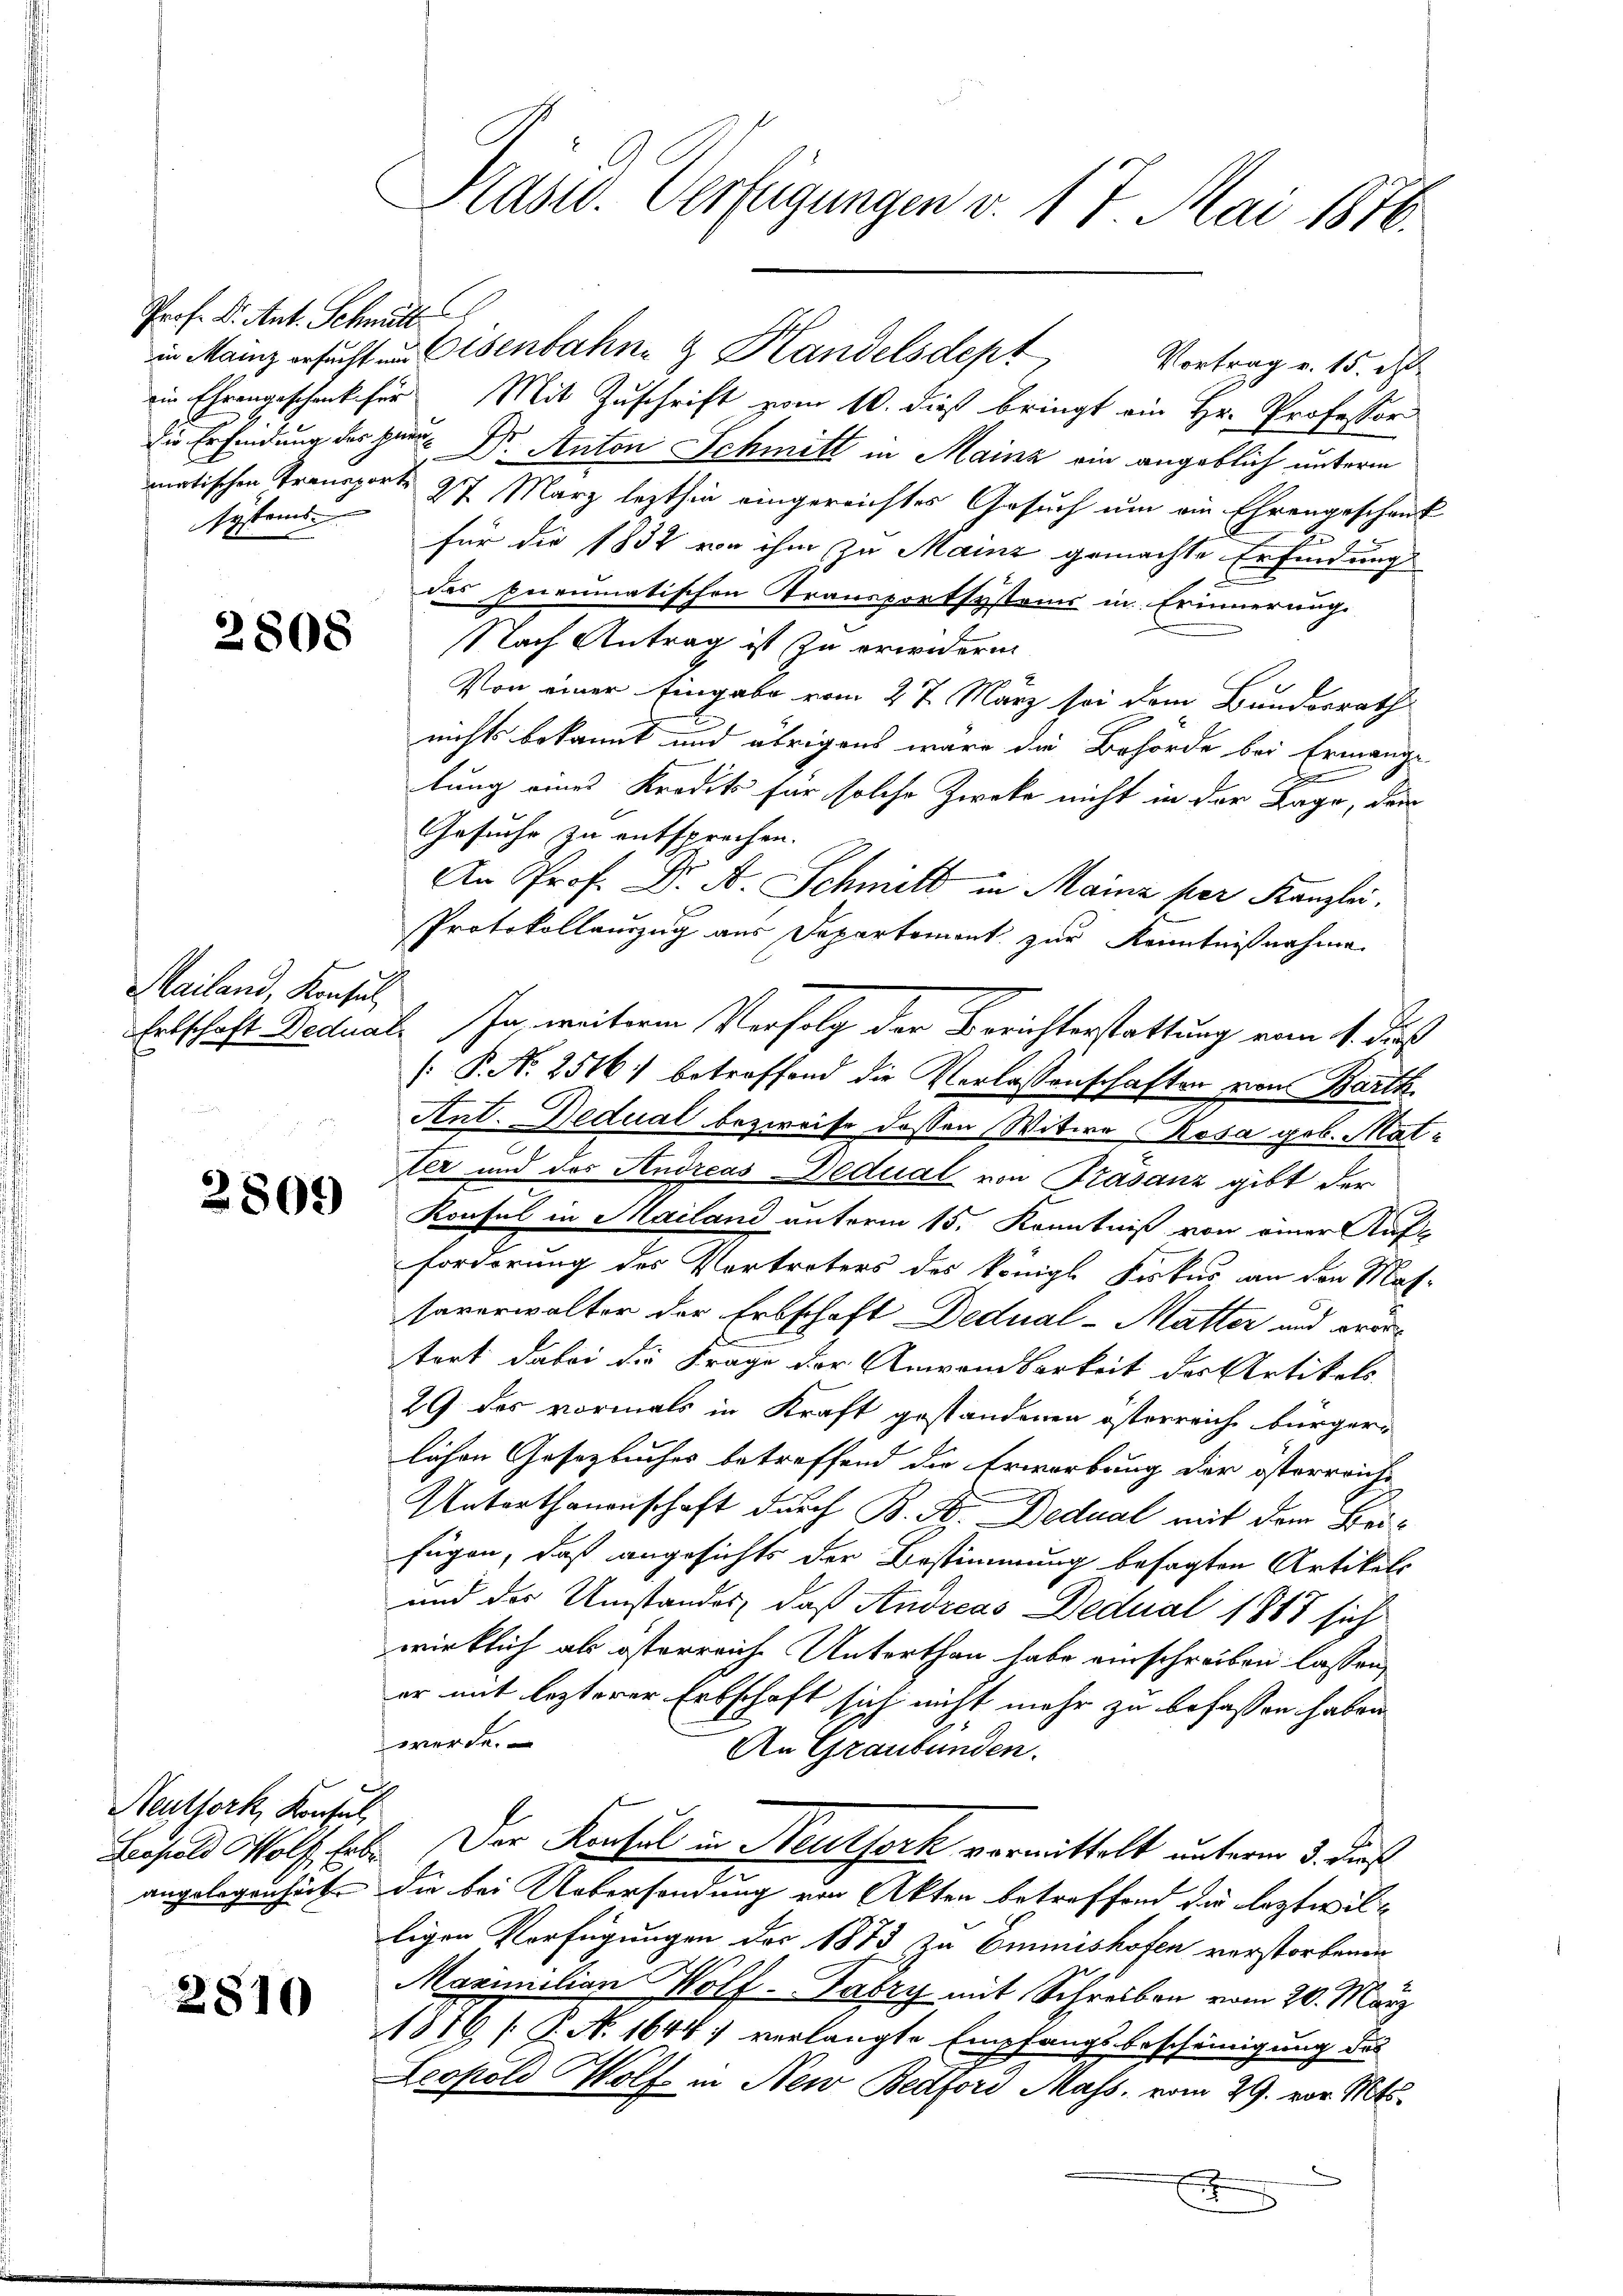
Prof. Dr. Ant. Schmitt
systems

2808

Mailand, Konsul

2809

Neuthork, Konsul
angelegenheit

2810

Präsid. Verfügungen v. 17. Mai 1876.

in Mainz ersucht in Eisenbahne & Handelsdept, Vortrag v. 15. d.
ein Ehrengeschenker Mit Zuschrift vom 10. dieß bringt ein Hr. Professor
die Erfindung des Herr Dr. Anton Schmitt in Mainz ein angeblich unterm
matischen Transporte 27 März lezthin eingereichtes Gesuch um ein Ehrengeschenk
für die 1852 von ihm zu Mainz gemachte Erfindung
des Eneumatischen Transportsystems in Erinnerung.
Nach Antrag ist zu erwidern.
Von einer Eingabe vom 27. März sei dem Bunderrath
nichts bekannt und übrigens wäre die Behörde bei Ermange
lung eines Kredit für solche Zweke nicht in der Tage, der
Gesuche zu entsprechen.
An Prof. Dr. A. Schmitt in Mainz per Kanzlei.
Protokollauszug aus Departement zur Kenntnißnahme
Ertschaft Dectual. In weitere Verfolg der Berichterstattung vom 11. dies
[: P. N. 2516) betroffend die Verlassenschaften von Barth.
Ant. Dedual bezweife dessen Witwe Rosa geb. Matter und des Andreas Dedual von Trasanz gibt der
Konsul in Mailand unterm 15. Kenntniß von einer Auf-
forderung des Vertreters des königl. Fiskus an den Mas-
saverwalter der Erbschaft Dedual-Matter und pro-
tort dabei die Frage der Anwendbarkeit des Artikels
29 des vormals in Kraft gestandenen österreiche bürger-
lichen Gesetzbuches betreffend die Erwerbung der österreich
Unterthanenschaft durch B. A. Dedual mit dem Beifügen, daß angesichts der Bestimmung besagten Artikels
und der Umstandes, daß Andreas Dedual 1888 sich
wirklich als österreich Unterthan habe einschreiben lassen,
er mit lezterer Erbschaft sich nicht mehr zu befassen haben.
werde.
An Graubünden.
Besold Wolf Erbe. Der Konsul in Neuthork vormittelt unterm 3. Dies
die bei Uebersendung von Akten betreffend die leztwilligen Verfügungen der 1873 zu Emmishofen verstorbenen
Maximilian Wolf-Fabry mit Schreiben vom 20. März
1876 [P. N. 1644: verlangte Empfangsbescheinigung der
Leopold Wolf in New Belfori Mass, vom 29. vor. Mts.
x
u